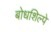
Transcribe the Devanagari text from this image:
बोधशिल्पे